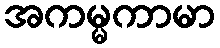
အကမ္မကာမာ